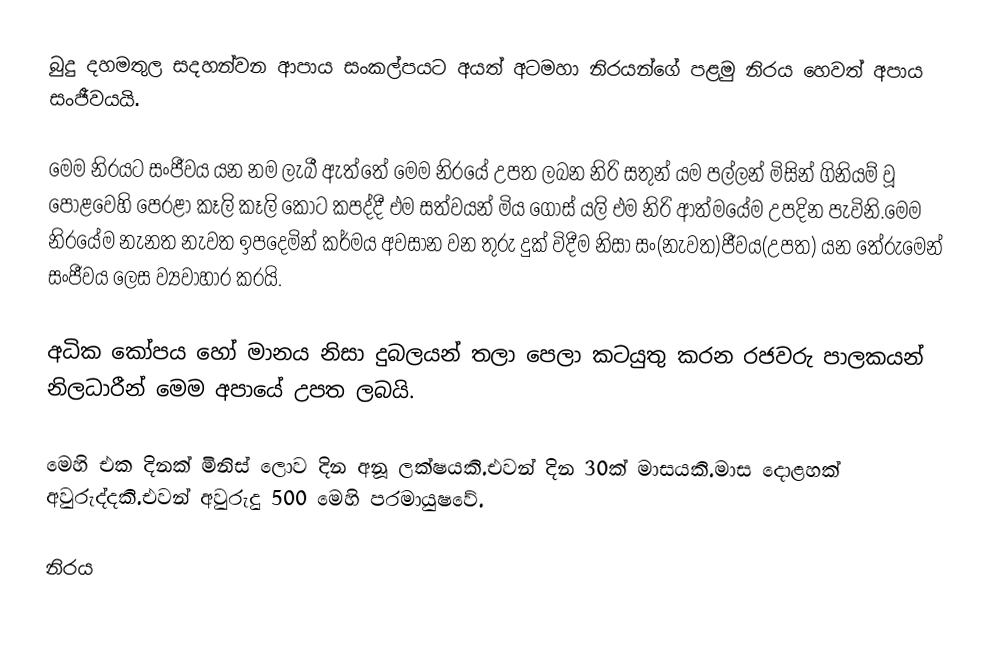
බුදු දහමතුල සදහන්වන ආපාය සංකල්පයට අයත් අටමහා නිරයන්ගේ පළමු නිරය හෙවත් අපාය සංජීවයයි.

මෙම නිරයට සංජීවය යන නම ලැබී ඇත්තේ මෙම නිරයේ උපත ලබන නිරි සතුන් යම පල්ලන් මිසින් ගිනියම් වූ පොළවෙහි පෙරළා කෑලි කෑලි කොට කපද්දී එම සත්වයන් මිය ගොස් යලි එම නිරි ආත්මයේම උපදින පැවිනි.මෙම නිරයේම නැනත නැවත ඉපදෙමින් කර්මය අවසාන වන තුරු දුක් විදීම නිසා සං(නැවත)ජීවය(උපත) යන තේරුමෙන් සංජීවය ලෙස ව්‍යවාහාර කරයි.

අධික කෝපය හෝ මානය නිසා දුබලයන් තලා පෙලා කටයුතු කරන රජවරු පාලකයන් නිලධාරීන් මෙම අපායේ උපත ලබයි.

මෙහි එක දිනක් මිනිස් ලොව දින අනූ ලක්ෂයකි.එවන් දින 30ක් මාසයකි.මාස දොළහක් අවුරුද්දකි.එවන් අවුරුදු 500 මෙහි පරමායුෂවේ.

නිරය